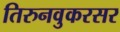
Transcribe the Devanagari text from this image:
तिरुनवुकरसर